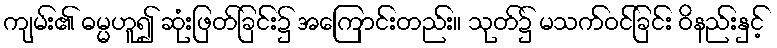
ကျမ်း၏ ဓမ္မဟူ၍ ဆုံးဖြတ်ခြင်း၌ အကြောင်းတည်း။ သုတ်၌ မသက်ဝင်ခြင်း ဝိနည်းနှင့်